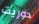
دوريت